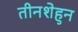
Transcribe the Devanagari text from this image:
तीनशेहुन